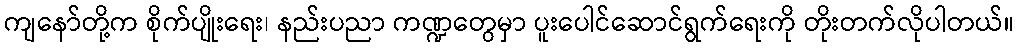
ကျနော်တို့က စိုက်ပျိုးရေး၊ နည်းပညာ ကဏ္ဍတွေမှာ ပူးပေါင်ဆောင်ရွက်ရေးကို တိုးတက်လိုပါတယ်။